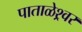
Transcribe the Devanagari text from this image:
पाताळेश्र्वर